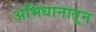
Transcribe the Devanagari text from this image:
अभिधानातून